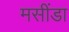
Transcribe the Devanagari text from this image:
मसींडा